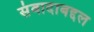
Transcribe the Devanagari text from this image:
संवादाबद्दल